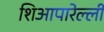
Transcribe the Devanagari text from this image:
शिआपारेल्ली